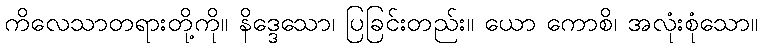
ကိလေသာတရားတို့ကို။ နိဒ္ဒေသော၊ ပြခြင်းတည်း။ ယော ကောစိ၊ အလုံးစုံသော။